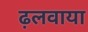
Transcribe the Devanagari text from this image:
ढ़लवाया